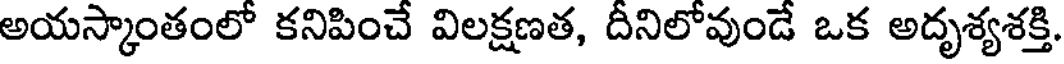
అయస్కాంతంలో కనిపించే విలక్షణత, దీనిలోవుండే ఒక అదృశ్యశక్తి